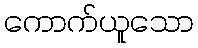
ကောက်ယူသော